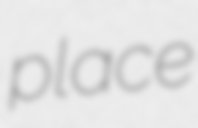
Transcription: place